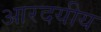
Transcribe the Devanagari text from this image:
आरदयीय